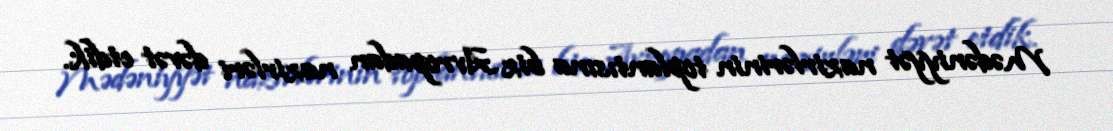
Mədəniyyət nazirlərinin toplantısına biz Avropadan nazirləri dəvət etdik.